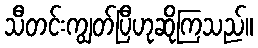
သီတင်းကျွတ်ပြီဟုဆိုကြသည်။